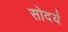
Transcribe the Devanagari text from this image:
सोदर्य